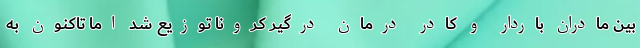
بین مادران باردار و کادر درمان درگیر کرونا توزیع شد اما تاکنون به